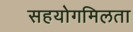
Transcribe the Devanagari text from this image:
सहयोगमिलता